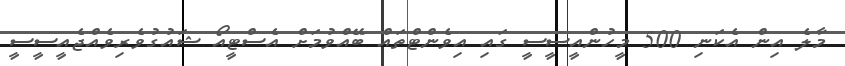
މާލެ އިން އެކަނި 500 މީހުންއީސީސީ ގައި އިވެންޓްތައް ބޭއްވުމަށް އެސްޓީއޯ ޝައުގުވެރިވެއްޖެއީސީސީ